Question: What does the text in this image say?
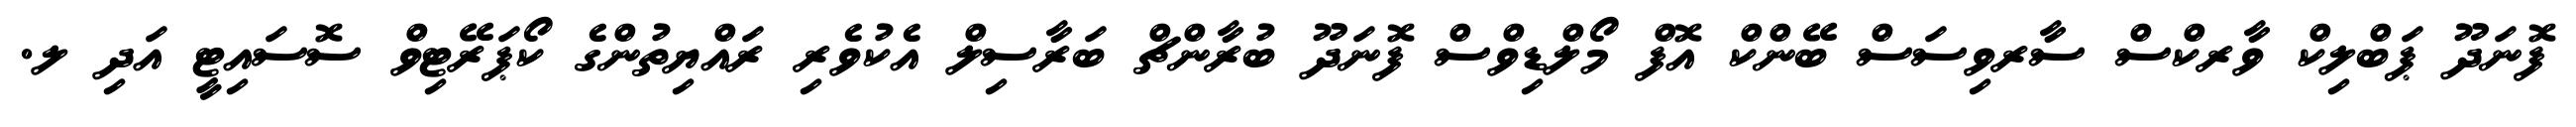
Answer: ފޮނަދޫ ޕަބްލިކް ވާރކްސް ސާރވިސަސް ބޭންކް އޮފް މޯލްޑިވްސް ފޮނަދޫ ބުރާންޗް ބަރާސިލް އެކުވެރި ރައްޔިތުންގެ ކޯޕަރޭޓިވް ސޮސައިޓީ އަދި ލ.